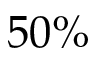
5 0 \%